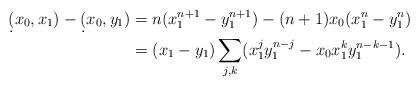
LaTeX: \begin{align*} \d(x_0,x_1)-\d(x_0,y_1) &=n(x_1^{n+1}-y_1^{n+1})-(n+1)x_0(x_1^n-y_1^n)\\ &=(x_1-y_1)\sum_{j,k}(x_1^jy_1^{n-j}-x_0x_1^ky_1^{n-k-1}).\end{align*}